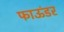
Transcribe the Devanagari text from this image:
फाऊंडर